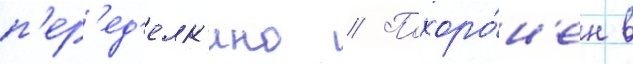
п'ер'ед'елк'ино // Похоро́н'ен в